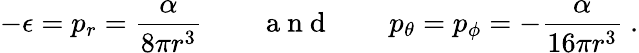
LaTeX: -\epsilon=p_{r}=\frac{\alpha}{8\pi r^{3}}\qquad\mathrm{~a~n~d~}\qquad p_{\theta}=p_{\phi}=-\frac{\alpha}{16\pi r^{3}}\ .